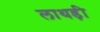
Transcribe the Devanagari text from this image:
लाथड़ी